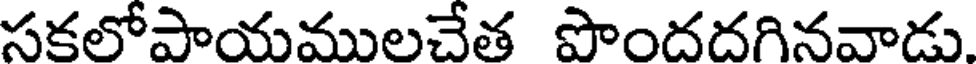
సకలోపాయములచేత పొందదగినవాడు